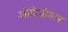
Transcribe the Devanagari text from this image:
ओरिजीनल